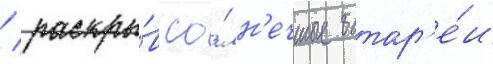
/ раскры́в со́лн'ечные батар'е́и